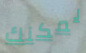
يمكنك